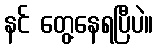
နင် တွေ့နေရပြီပဲ။